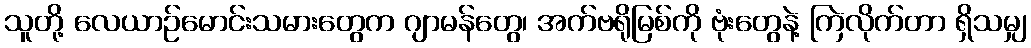
သူတို့ လေယာဉ်မောင်းသမားတွေက ဂျာမန်တွေ၊ အက်ဗရိုမြစ်ကို ဗုံးတွေနဲ့ ကြဲလိုက်တာ ရှိသမျှ